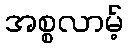
အစ္စလာမ့်